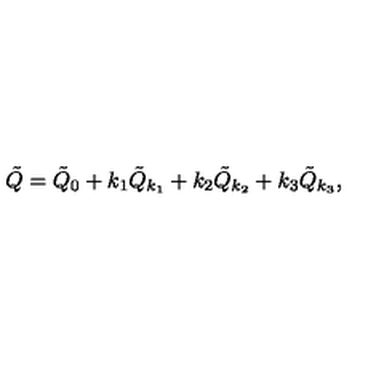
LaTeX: \tilde { Q } = \tilde { Q } _ { 0 } + k _ { 1 } \tilde { Q } _ { k _ { 1 } } + k _ { 2 } \tilde { Q } _ { k _ { 2 } } + k _ { 3 } \tilde { Q } _ { k _ { 3 } } ,